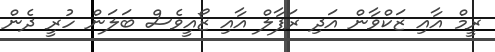
ރީމް އާއި ޒަކްވާން އަދި ރަފާލް އާއި ޒޯއީވެސް ބަލަން ހުރީ ދެން